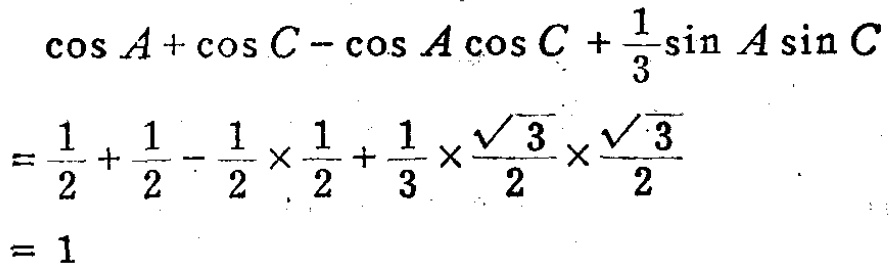
\[\begin{align*}
&\cos A+\cos C - \cos A\cos C+\frac{1}{3}\sin A\sin C\\
=&\frac{1}{2}+\frac{1}{2}-\frac{1}{2}\times\frac{1}{2}+\frac{1}{3}\times\frac{\sqrt{3}}{2}\times\frac{\sqrt{3}}{2}\\
=&1
\end{align*}\]